Leaving Certificate Examination, 1915
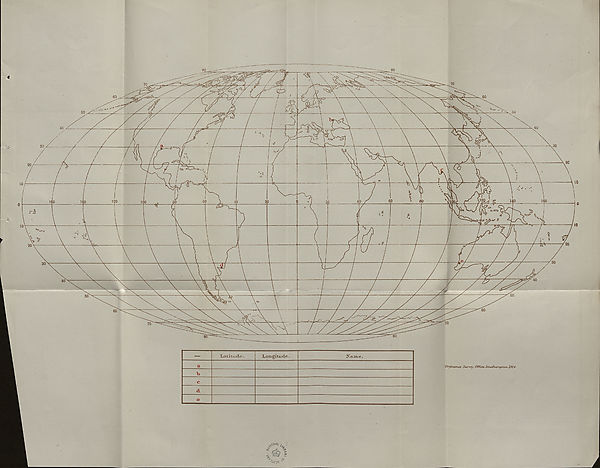
N
latitude.
longitude.
ISTame.
,
Ordnartce Survey Office,. Southampton.1314